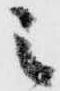
之